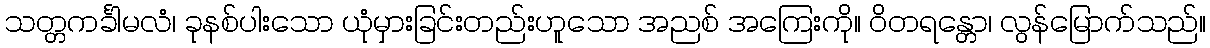
သတ္တကင်္ခါမလံ၊ ခုနစ်ပါးသော ယုံမှားခြင်းတည်းဟူသော အညစ် အကြေးကို။ ဝိတရန္တော၊ လွန်မြောက်သည်။